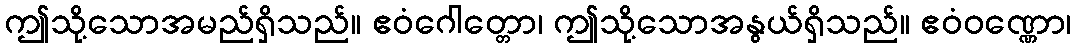
ဤသို့သောအမည်ရှိသည်။ ဧဝံဂေါတ္တော၊ ဤသို့သောအနွယ်ရှိသည်။ ဧဝံဝဏ္ဏော၊